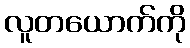
လူတယောက်ကို